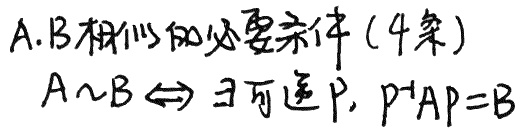
A,B相似的必要条件(4条)
$A\sim B\Leftrightarrow \exists 可逆P, P^{-1}AP = B$